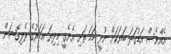
އެއްވެސް އަޑުގަދަ ބަޔަކަށް ނުދީ ހަމަ ތަށި އެނެގީ މިދިޔަ އަހަރުގެ ރެލިގޭޝަން